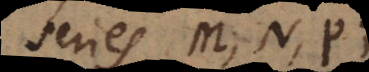
series M, N, P;